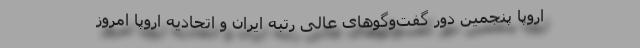
اروپا پنجمین دور گفت‌وگوهای عالی رتبه ایران و اتحادیه اروپا امروز